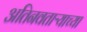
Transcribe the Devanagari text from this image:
अतिनवताऱ्याच्या